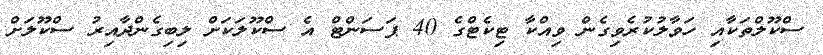
ސްކޫލްތަކާއި ހަވާލުކުރެވިގެން ވިއްކާ ޓިކެޓްގެ 40 ޕަސަންޓް އެ ސްކޫލަކަށް ލިބިގެންދާއިރު ސްކޫލަށް